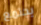
يجتمع